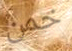
خمن